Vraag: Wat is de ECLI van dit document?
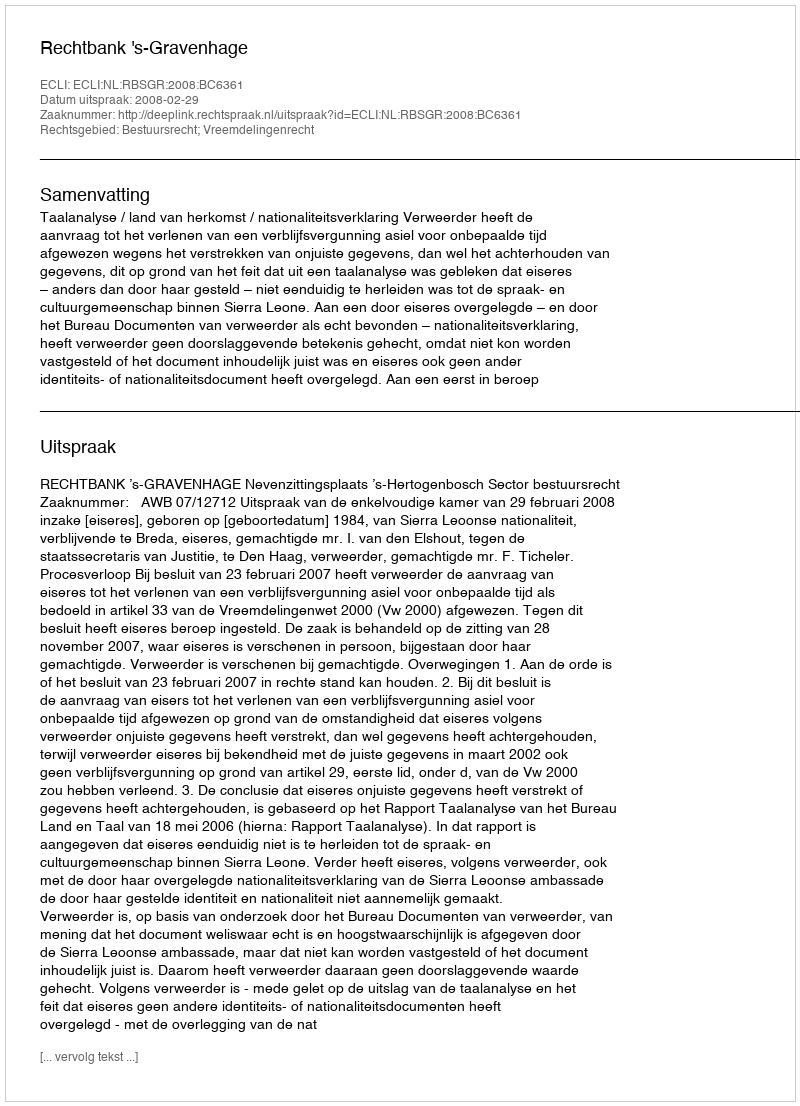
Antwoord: ECLI:NL:RBSGR:2008:BC6361